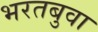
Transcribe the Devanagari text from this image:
भरतबुवा